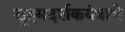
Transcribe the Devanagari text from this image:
सूक्ष्मदर्शकयंत्राचे